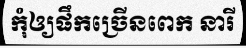
កុំឲ្យផឹកច្រើនពេក នារី